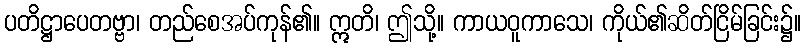
ပတိဋ္ဌာပေတဗ္ဗာ၊ တည်စေအပ်ကုန်၏။ ဣတိ၊ ဤသို့။ ကာယဝူကာသေ၊ ကိုယ်၏ဆိတ်ငြိမ်ခြင်း၌။